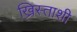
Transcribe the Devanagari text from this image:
ख्रिस्ताशी